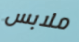
ملابس